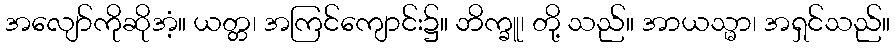
အလျော်ကိုဆိုအံ့။ ယတ္တ၊ အကြင်ကျောင်း၌။ ဘိက္ခူ၊ တို့ သည်။ အာယသ္မာ၊ အရှင်သည်။